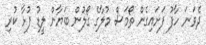
ދެވަނަ ހާފު ފަށައިގެން ތޯމަސް މުލާގެ ގޯލުން ބަޔާން ލީޑު ފުޅާ ކުރި